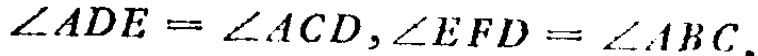
\(\angle ADE=\angle ACD,\angle EFD = \angle ABC.\)